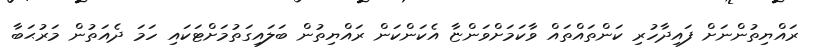
ރައްޔިތުންނަށް ފައިދާހުރި ކަންތައްތައް ވާކަމަށްވަންޏާ އެކަންކަން ރައްޔިތުން ބަލައިގަތުމަށްޓަކައި ހަމަ ދެއަތުން މަރުޙަބާ